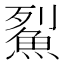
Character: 鮤